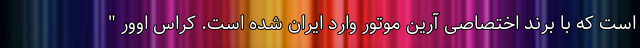
است که با برند اختصاصی آرین موتور وارد ایران شده است. کراس اوور "